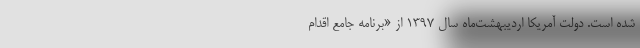
شده است. دولت آمریکا اردیبهشت‌ماه سال ۱۳۹۷ از «برنامه جامع اقدام